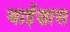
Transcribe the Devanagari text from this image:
बाईज़ास